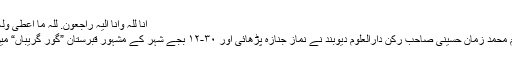
انا للّٰہ وانا الیہ راجعون. للّٰہ ما اعطی ولہ ما آخذ و کُلّ شیء الی اجل مسمی.
۲۳/ کی صبح حضرت مولانا حکیم محمد زمان حسینی صاحب رکن دارالعلوم دیوبند نے نمازِ جنازہ پڑھائی اور ۳۰-۱۲ بجے شہر کے مشہور قبرستان ”گورِ گریباں“ میں بادیدئہ نم سپرد خاک کئے گئے۔